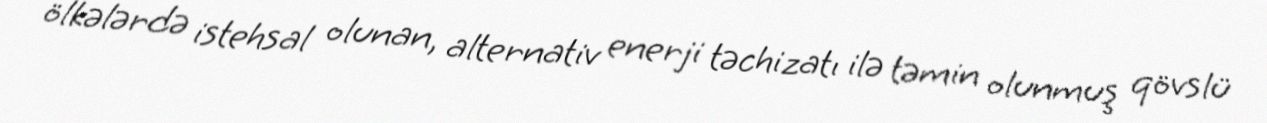
ölkələrdə istehsal olunan, alternativ enerji təchizatı ilə təmin olunmuş qövslü